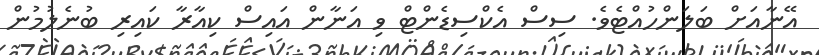
އޭނާއަށް ބަލަންހުއްޓެވެ. ސިސް އެކްސިޑެންޓް ވި އަނާން އައިސް ކިއާރާ ކައިރި ބުނެލުމުން